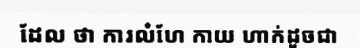
ដែល ថា ការលំហែ កាយ ហាក់ដូចជា